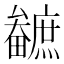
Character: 𤳼